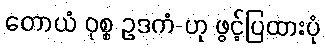
တောယံ ဝုစ္စ ဥဒကံ-ဟု ဖွင့်ပြထားပုံ